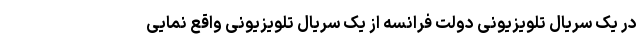
در یک سریال تلویزیونی دولت فرانسه از یک سریال تلویزیونی واقع نمایی